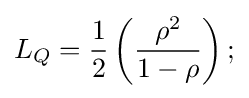
L_{Q}={\frac {1}{2}}\left({\frac {\rho ^{2}}{1-\rho }}\right);